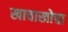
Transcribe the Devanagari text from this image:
खाचाखोचा